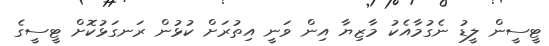
ޓީސީން ލީޑު ނެގުމާއެކު މާޒިޔާ އިން ވަނީ އިތުރަށް ކުޅުން ރަނގަޅުކޮށް ޓީސީގެ